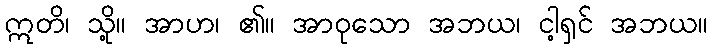
ဣတိ၊ သို့။ အာဟ၊ ၏။ အာဝုသော အဘယ၊ ငါ့ရှင် အဘယ။